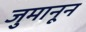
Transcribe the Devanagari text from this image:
जुमानून